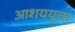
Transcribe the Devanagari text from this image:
आशययुक्त